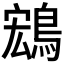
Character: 𬷚